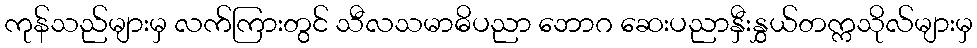
ကုန်သည်များမှ လက်ကြားတွင် သီလသမာဓိပညာ ဘောဂ ဆေးပညာနှီးနွှယ်တက္ကသိုလ်များမှ